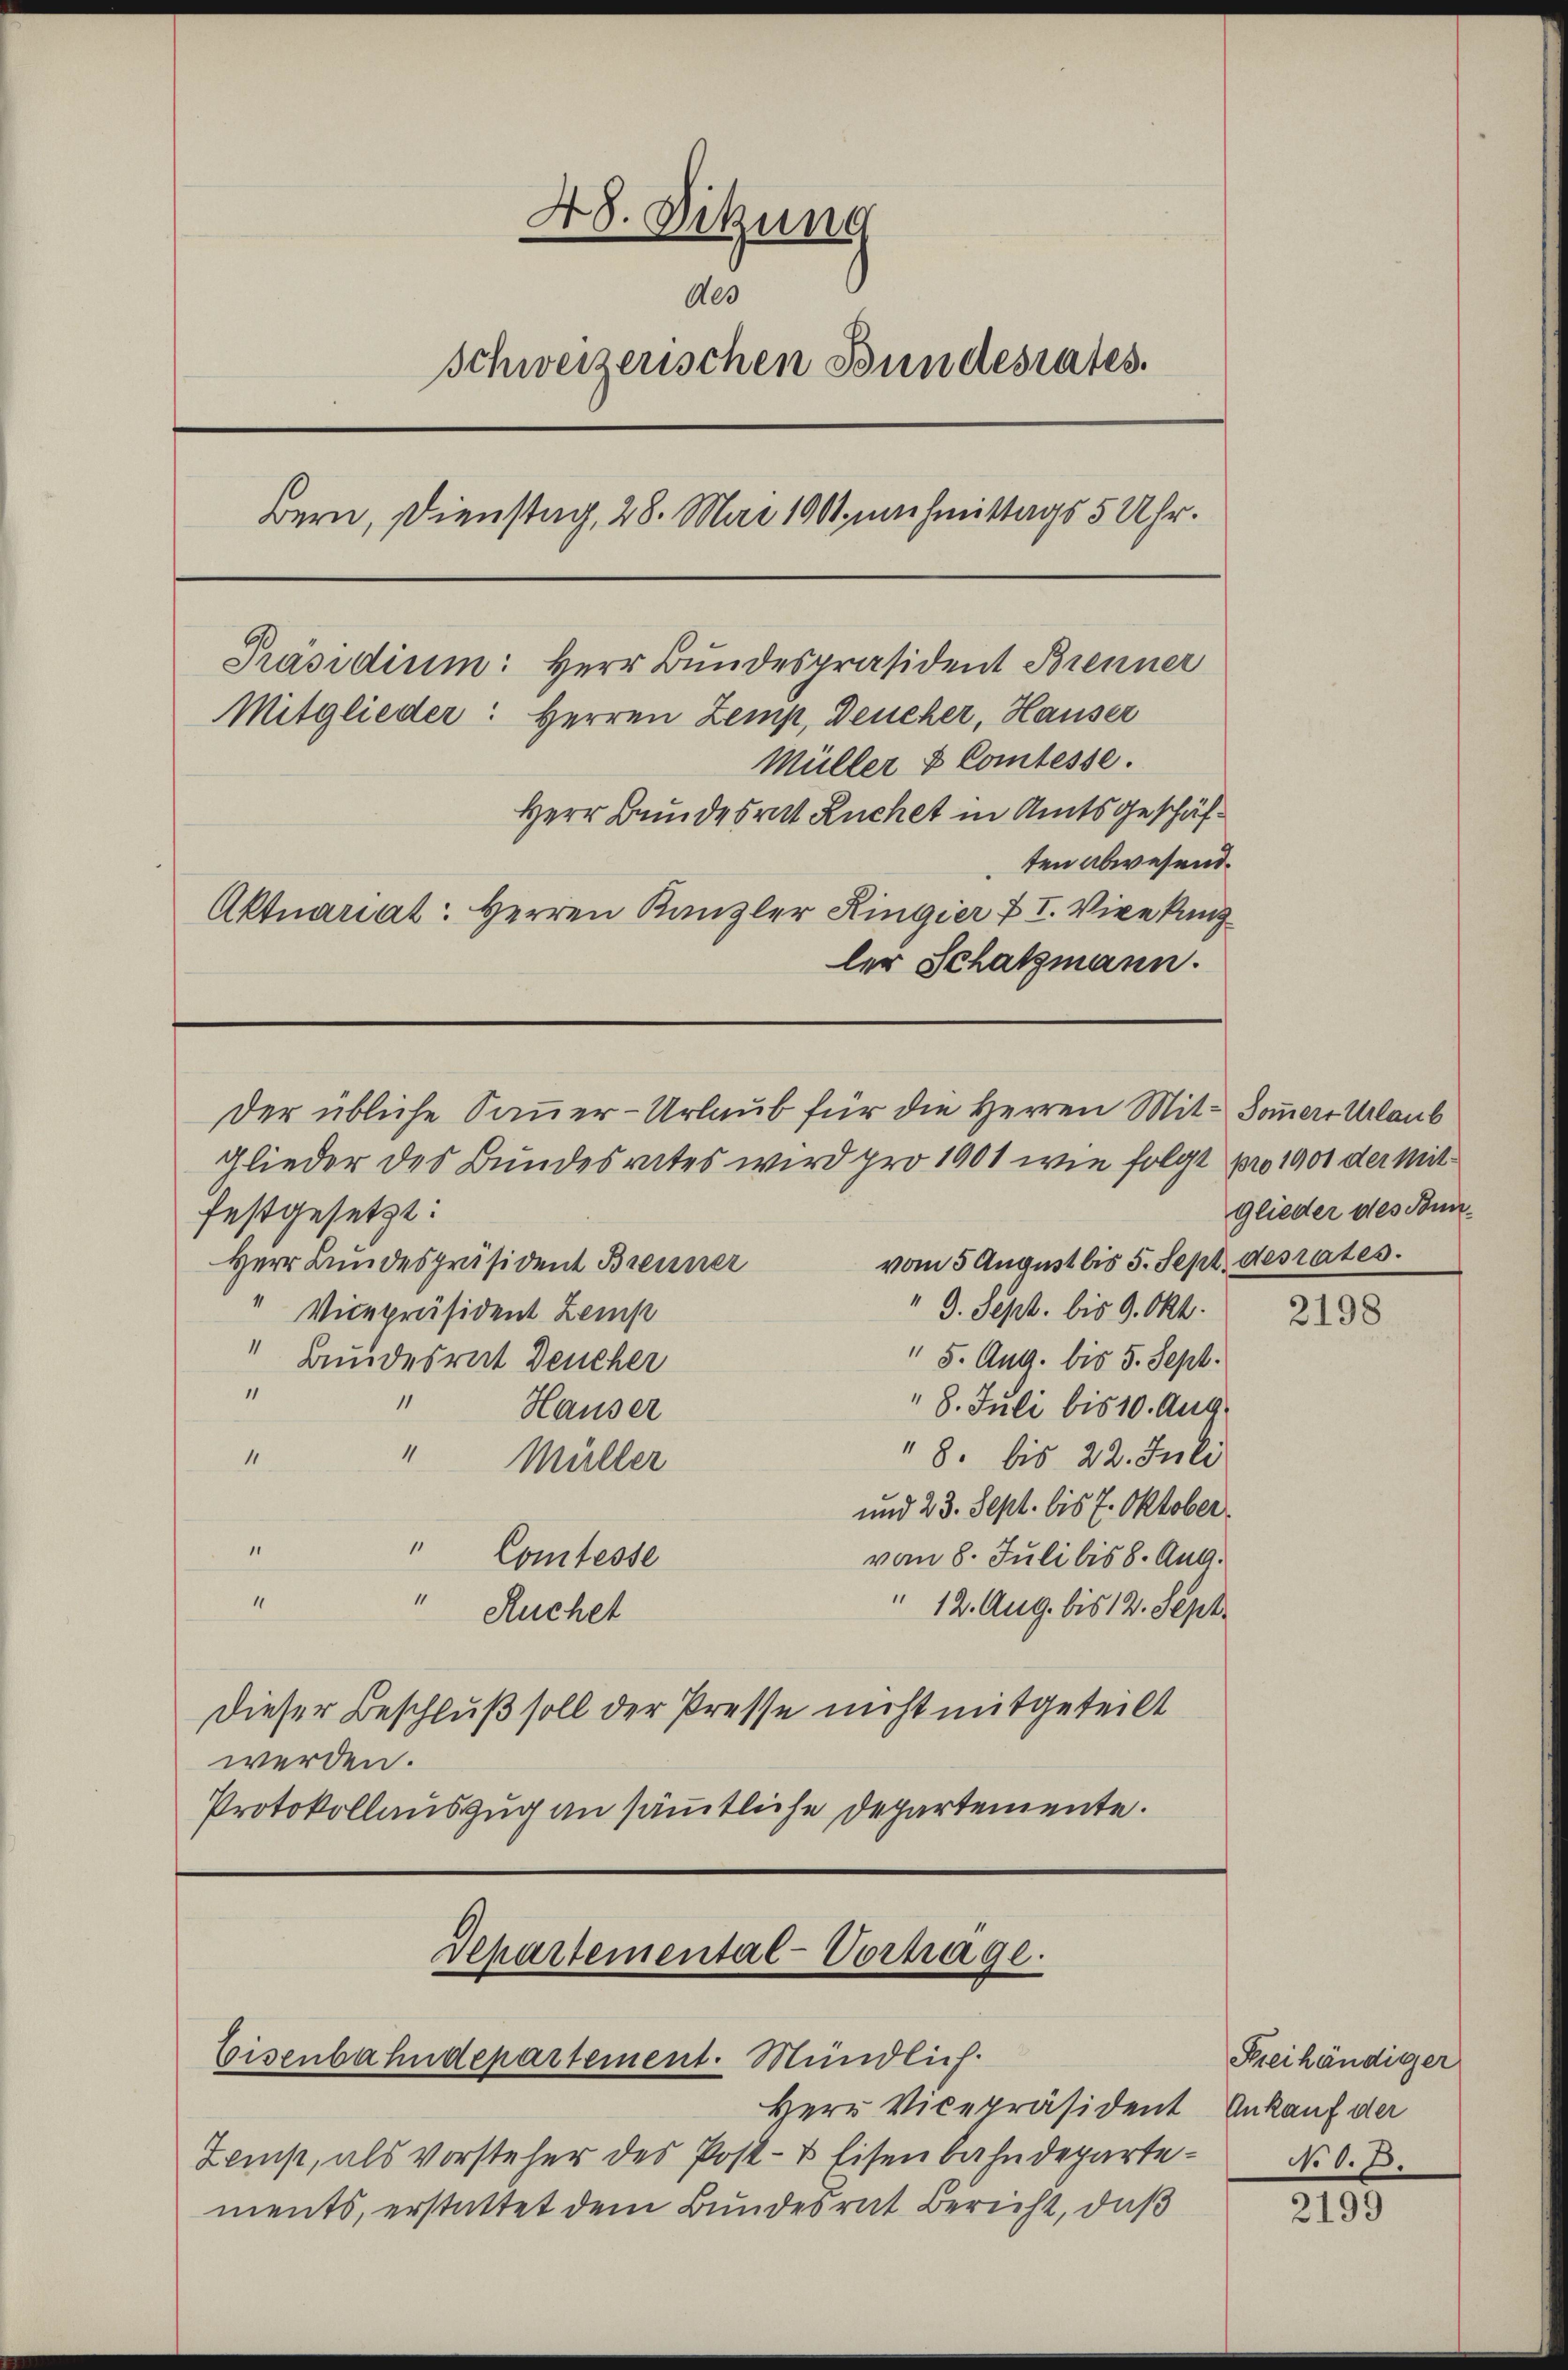
48. Sitzung
Als
Schweizerischen Bundesrates.
Bern, Dienstag, 28. Mai 1901 nachmittags 5 Uhr.
Präsidium: Herr Bundespräsident Brenner
Mitglieder: Herren Zemp, Deucher, Hauser
Müller & Comtesse.
Herr Bundesrat Ruchet in Amtsgeschäften abwesend.
Aktuariat: Herren Kanzler Ringier u. I. Vizekanzler Schatzmann.

festgesetzt:
vom 5 August bis 5. Sept. desrates.
Herr Bundespräsident Brenner
4
9. Sept. bis 9. Okt.
Vicepräsident Zemp
1
" 5. Aug. bis 5. Sept.
Bundesrat Deucher
“
1
" 8. Juli bis 10. Aug.
Hauser
11
8. bis 22. Juli
11
Müller
und 23. Sept. bis 7. Oktober.
1
r
Comtesse
vom 8. Juli bis 8. Aug.
1
4
" 12. Aug. bis 12. Sept.
Ruchet
Dieser Beschluß soll der Presse nicht mitgeteilt
werden.
Protokollauszug an sämmtliche Departemente.

Departemental-Vortrage.
Eisenbahndepartement. Mündlich.

Der übliche Sauer-Urlaub für die Herren Mit- Sommers Urlaub
glieder des Bundesrates wird pro 1901 wie folgt pro 1901 der Mit

Herr Vicepräsident Ankauf der
Zemp, als vorsteher des Post- & Eisenbahndeparte N. O. B.
ments, erstattet dem Bundesrat Bericht, daß

glieder des Bun¬

2198

Seihändiger

2199